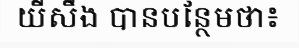
យីសឹង បានបន្ថែមថា៖